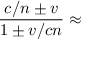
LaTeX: { \frac { c / n \pm v } { 1 \pm v / c n } } \approx